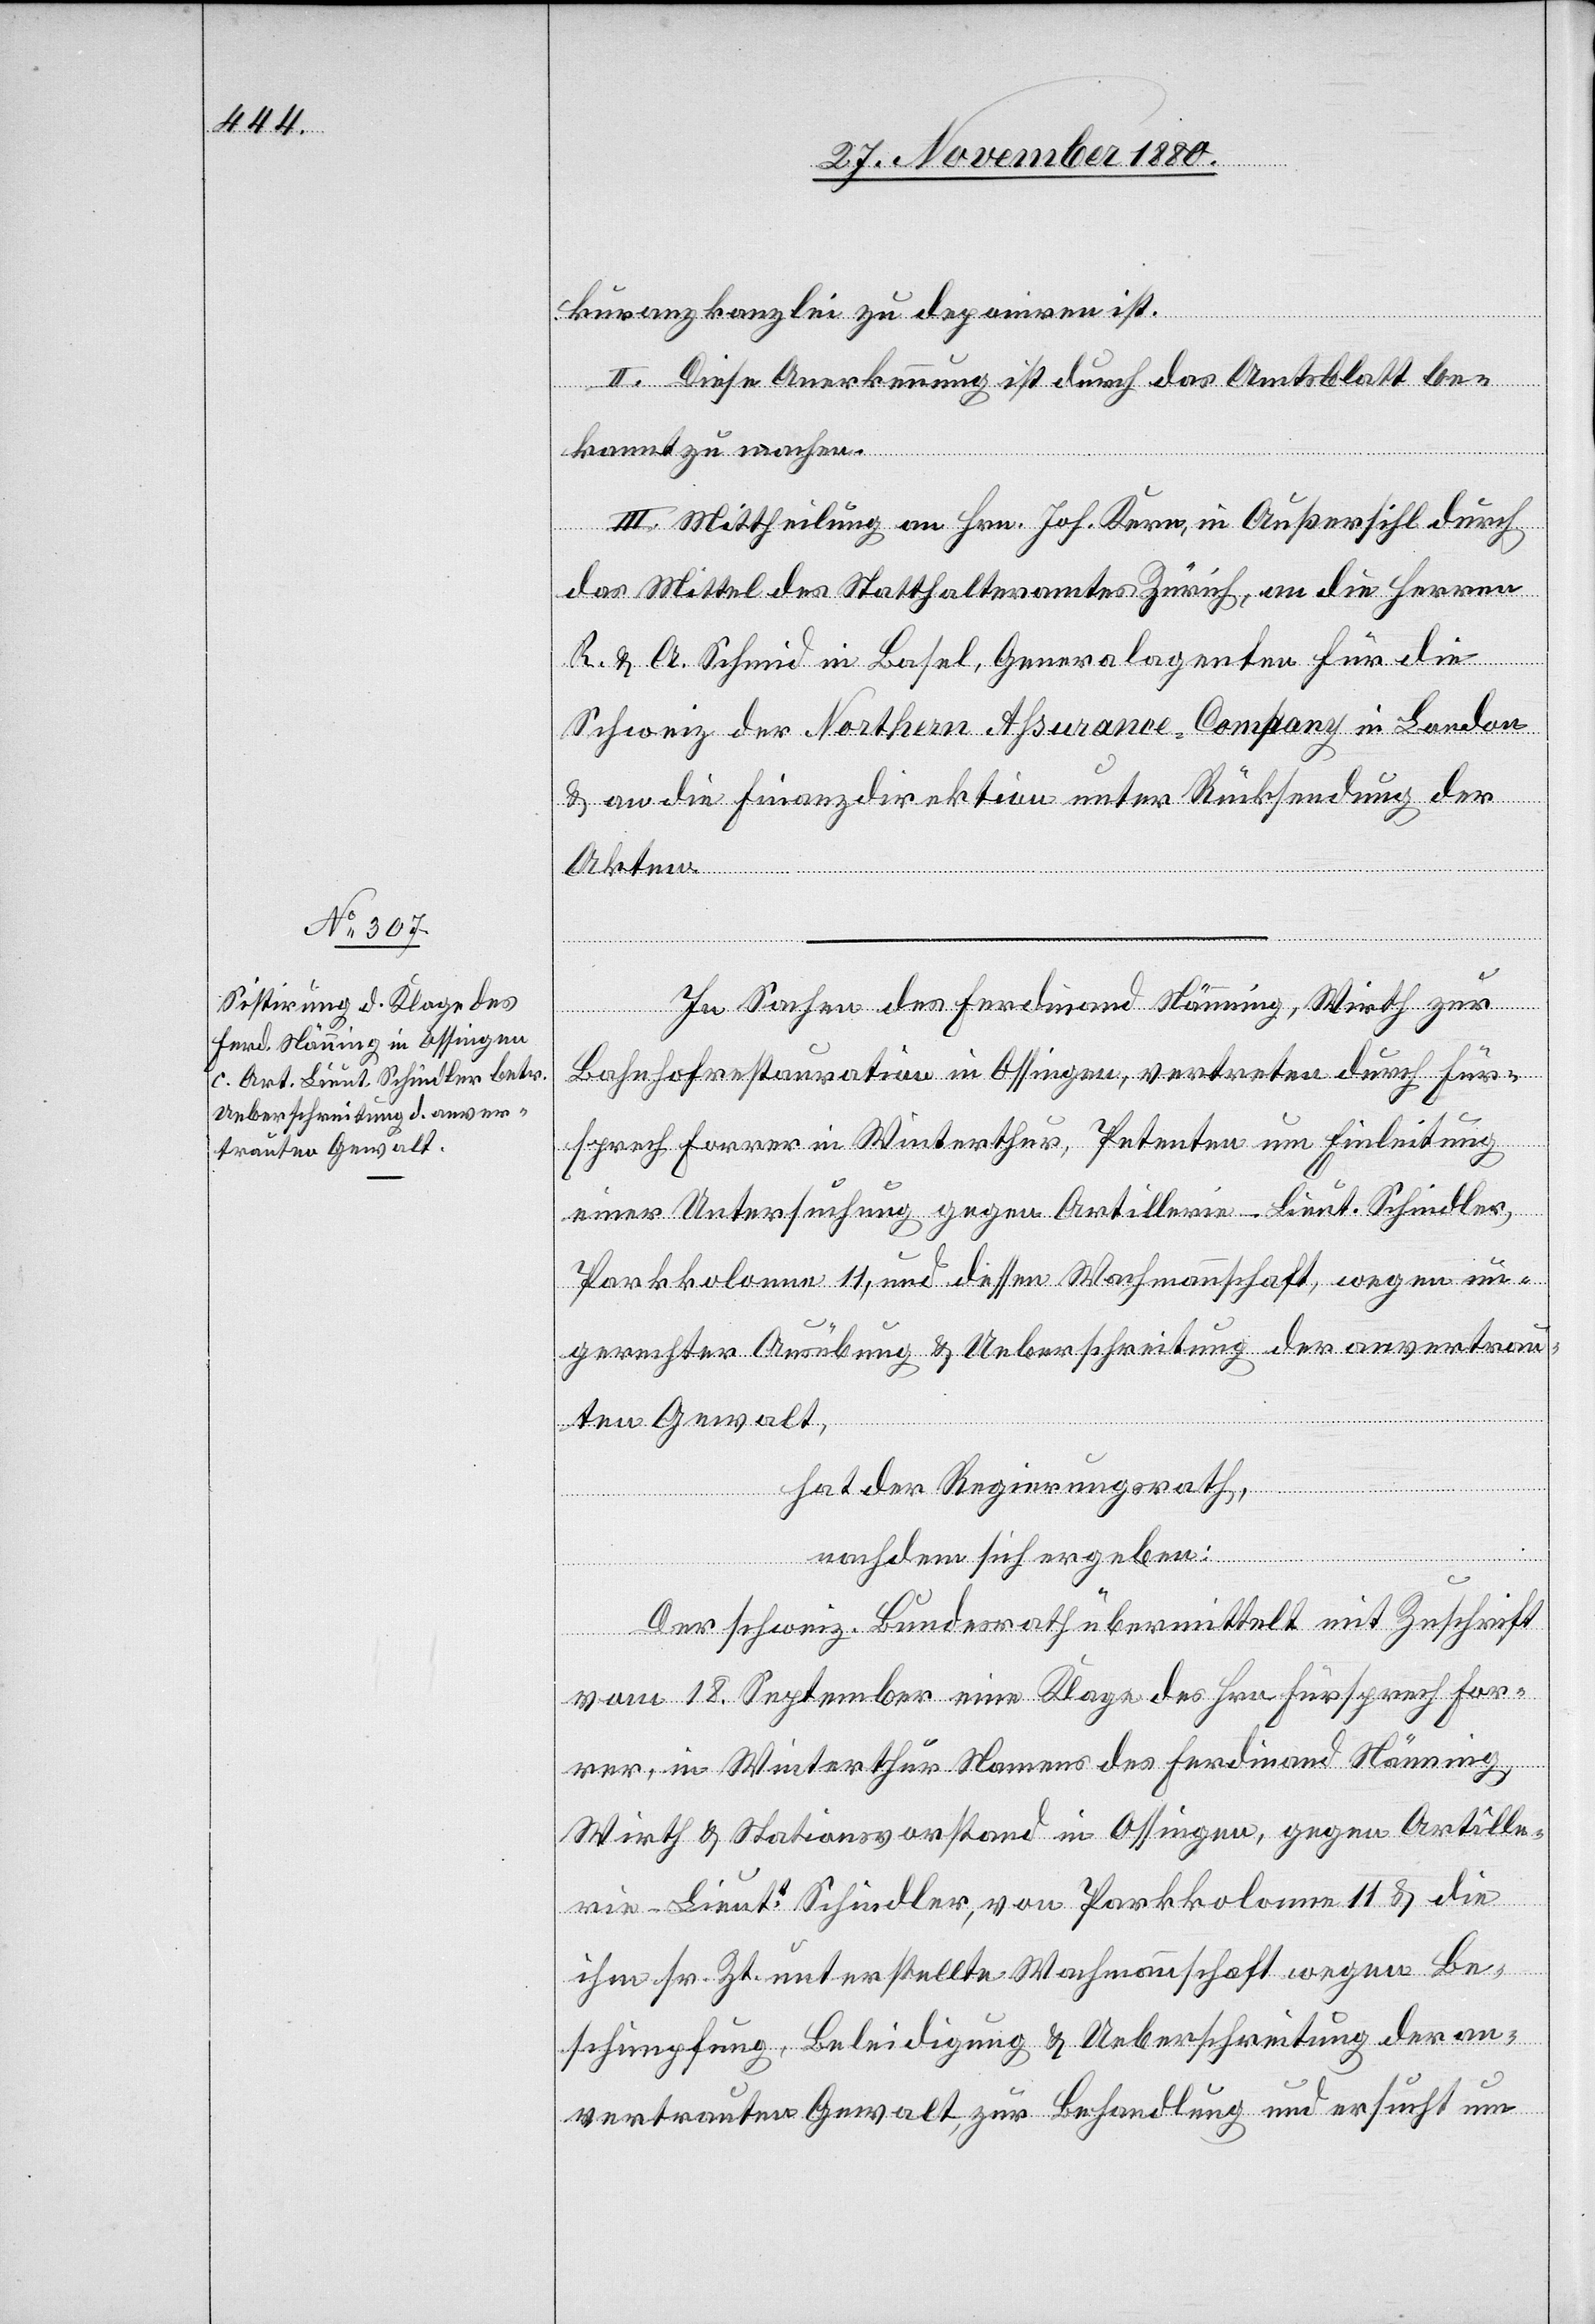
kuranzkanzlei zu deponiren ist.
II. Diese Anerkennung ist durch das Amtsblatt be¬
kannt zu machen.
III. Mittheilung an Hrn. Joh. Kern, in Außersihl durch
das Mittel des Statthalteramtes Zürich, an die Herren
R. & A. Schmid in Basel, Generalagenten für die
Schweiz der Northern Assurance-Company in London
& an die Finanzdirektion unter Rücksendung der
Akten.
In Sachen des Ferdinand Nänning, Wirth zur
Bahnhofrestauration in Ossingen, vertreten durch Für¬
sprech Forrer in Winterthur, Petenten um Einleitung
einer Untersuchung gegen Artillerie-Lieut. Schindler,
Parkkolonne 11, und dessen Wachmannschaft, wegen un¬
gerechter Ausübung & Ueberschreitung der anvertrau¬
ten Gewalt,
hat der Regierungsrath,
nachdem sich ergeben:
Der schweiz. Bundesrath übermittelt mit Zuschrift
vom 18. September eine Klage des Hrn. Fürsprech For¬
rer, in Winterthur Namens des Ferdinand Nänning,
Wirth & Stationsvorstand in Ossingen, gegen Artille¬
rie-Lieutt Schindler, von Parkkolonne 11 & die
ihm sr. Zt. unterstellte Wachmannschaft wegen Be¬
schimpfung, Beleidigung & Ueberschreitung der an¬
vertrauten Gewalt, zur Behandlung und ersucht um